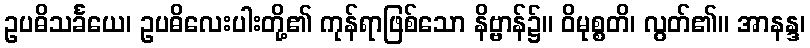
ဥပဓိသင်္ခယေ၊ ဥပဓိလေးပါးတို့၏ ကုန်ရာဖြစ်သော နိဗ္ဗာန်၌။ ဝိမုစ္စတိ၊ လွတ်၏။ အာနန္ဒ၊